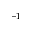
^ { - 1 }